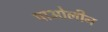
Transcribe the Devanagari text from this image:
पाओलीन